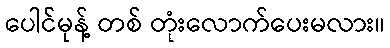
ပေါင်မုန့် တစ် တုံးလောက်ပေးမလား။